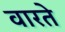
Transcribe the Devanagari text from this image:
वारते